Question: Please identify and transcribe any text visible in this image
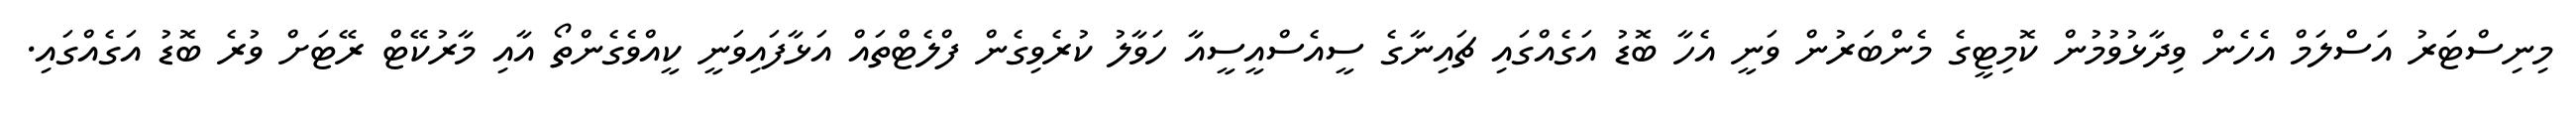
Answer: މިނިސްޓަރު އަސްލަމް އެހެން ވިދާޅުވުމުން ކޮމިޓީގެ މެންބަރުން ވަނީ އެހާ ބޮޑު އަގެއްގައި ޗައިނާގެ ސީއެސްއީސީއާ ހަވާލު ކުރެވިގެން ފްލެޓްތައް އަޅާފައިވަނީ ކީއްވެގެންތޯ އާއި މާރުކޭޓް ރޭޓަށް ވުރެ ބޮޑު އަގެއްގައި.